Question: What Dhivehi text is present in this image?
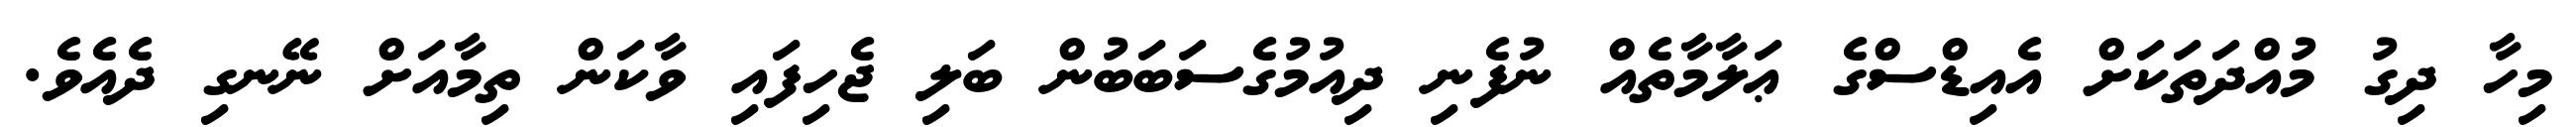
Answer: މިހާ ދިގު މުއްދަތަކަށް އެއިޑްސްގެ ޢަލާމާތެއް ނުފެނި ދިއުމުގެސަބަބުން ބަލި ޖެހިފައި ވާކަން ތިމާއަށް ނޭނގި ދެއެވެ.